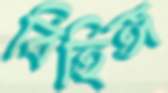
বিহিঙ্গ